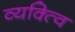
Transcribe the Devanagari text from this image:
व्यक्त्वि